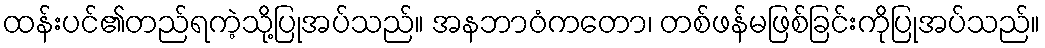
ထန်းပင်၏တည်ရကဲ့သို့ပြုအပ်သည်။ အနဘာဝံကတော၊ တစ်ဖန်မဖြစ်ခြင်းကိုပြုအပ်သည်။